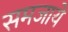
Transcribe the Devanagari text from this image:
समजाये